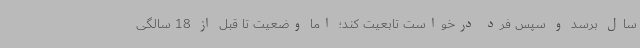
سال برسد و سپس فرد درخواست تابعیت کند؛ اما وضعیت تا قبل از 18 سالگی